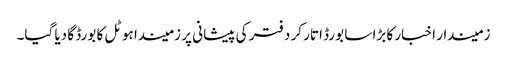
زمیندار اخبار کا بڑا سا بورڈ اتار کر دفتر کی پیشانی پر زمیندا ہوٹل کا بورڈ گا دیا گیا۔